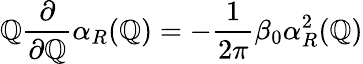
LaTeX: \mathbb{Q}\frac{{\partial}}{{\partial\mathbb{Q}}}\alpha_{R}(\mathbb{Q})=-\frac{{1}}{{2\pi}}\beta_{0}\alpha_{R}^{2}(\mathbb{Q})